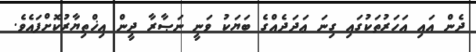
ދެން އައި އަހަރުތަކުގައި ގިނަ ޢަދަދެއްގެ ބަޔަކު ވަނީ ނަޞާރާ ދީން އިޚްތިޔާރުކޮށްފައެވެ.